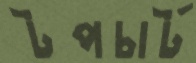
টপচার্ট